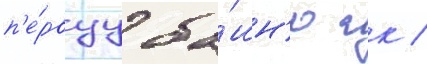
п'е́рвуу ба́шн'ю гк /